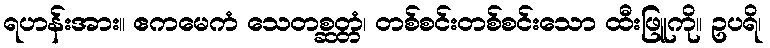
ရဟန်းအား။ ဧကမေကံ သေတစ္ဆတ္တံ၊ တစ်စင်းတစ်စင်းသော ထီးဖြူကို။ ဥပရိ၊